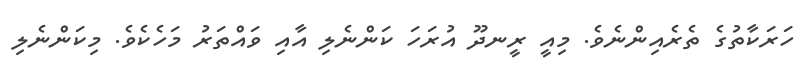
ހަރަކާތުގެ ތެރެއިންނެވެ. މިއީ ރީނދޫ އުރަހަ ކަންނެލި އާއި ވައްތަރު މަހެކެވެ. މިކަންނެލި